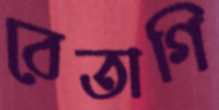
বেতাগি